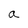
Character: a